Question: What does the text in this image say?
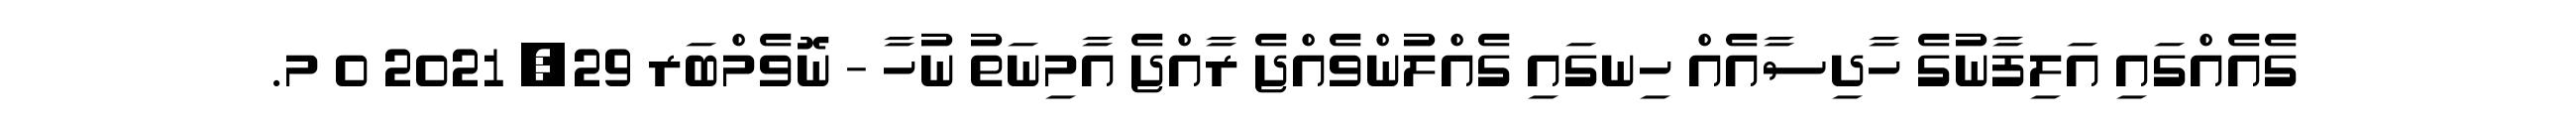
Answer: ގެއެއްގައި އަލިފާނުގެ ހާދިސާއެއް ހިނގައި ގެއްލުންވެއްޖެ ރާއްޖެ އާމިނަތު ނުހާ - ނޮވެމްބަރ 29, 2021 0 މ.